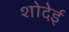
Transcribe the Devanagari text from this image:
शोदेई